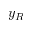
y _ { R }